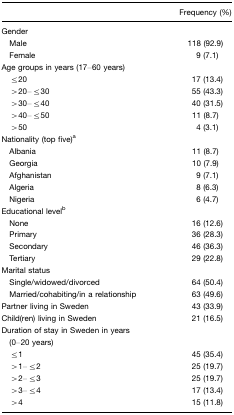
|  | Frequency (%) |
 | --- | --- |
 | Gender |  |
 | Male | 118 (92.9) |
 | Female | 9 (7.1) |
 | Age groups in years (17–60 years) |  |
 | ≤20 | 17 (13.4) |
 | >20–≤30 | 55 (43.3) |
 | >30–≤40 | 40 (31.5) |
 | >40–≤50 | 11 (8.7) |
 | >50 | 4 (3.1) |
 | Nationality (top five)a |  |
 | Albania | 11 (8.7) |
 | Georgia | 10 (7.9) |
 | Afghanistan | 9 (7.1) |
 | Algeria | 8 (6.3) |
 | Nigeria | 6 (4.7) |
 | Educational levelb |  |
 | None | 16 (12.6) |
 | Primary | 36 (28.3) |
 | Secondary | 46 (36.3) |
 | Tertiary | 29 (22.8) |
 | Marital status |  |
 | Single/widowed/divorced | 64 (50.4) |
 | Married/cohabiting/in a relationship | 63 (49.6) |
 | Partner living in Sweden | 43 (33.9) |
 | Child(ren) living in Sweden | 21 (16.5) |
 | Duration of stay in Sweden in years |  |
 | (0–20 years) |  |
 | ≤1 | 45 (35.4) |
 | >1–≤2 | 25 (19.7) |
 | >2–≤3 | 25 (19.7) |
 | >3–≤4 | 17 (13.4) |
 | >4 | 15 (11.8) |